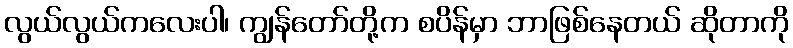
လွယ်လွယ်ကလေးပါ၊ ကျွန်တော်တို့က စပိန်မှာ ဘာဖြစ်နေတယ် ဆိုတာကို